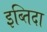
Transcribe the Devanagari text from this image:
इब्तिदा